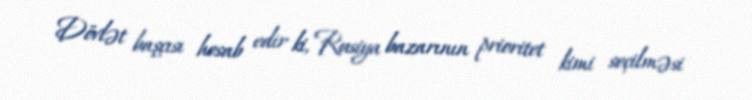
Dövlət başçısı hesab edir ki, Rusiya bazarının prioritet kimi seçilməsi